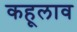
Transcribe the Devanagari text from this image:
कहूलाव